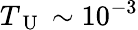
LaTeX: T_{\mathrm{~U~}}\sim 10^{-3}